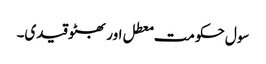
سول حکومت معطل اور بھٹو قیدی۔